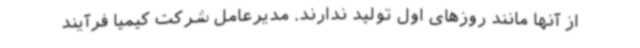
از آنها مانند روزهای اول تولید ندارند. مدیرعامل شرکت کیمیا فرآیند